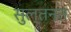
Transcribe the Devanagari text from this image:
सुल्तनत